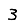
Digit: 3